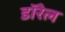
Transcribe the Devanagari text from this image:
डॉरेल